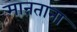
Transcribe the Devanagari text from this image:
मानताना